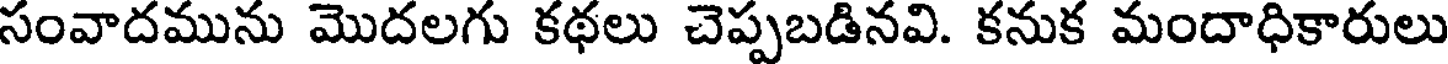
సంవాదమును మొదలగు కథలు చెప్పబడినవి. కనుక మందాధికారులు